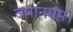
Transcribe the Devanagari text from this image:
जपानसम